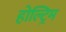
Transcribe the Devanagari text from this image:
होल्ट्रिम